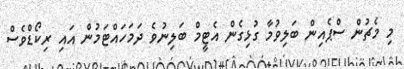
މި މެޗުން ސްޕެއިން ބަލިވުމާ ގުޅިގެން އެޓީމް ބަލިނުވެ ދަމަހައްޓަމުން އައި ރިކޯޑްވެސް